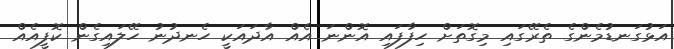
އަޅުގަނޑުމެންގެ ތެރޭގައި މިގޮތަށް ހިފާފައި އޮންނަ އެއް އާދައަކީ ހެނދުނު ހޭލައިގެން ކޮފީއެއް